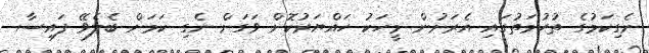
ނެގިކަމުގެ ތުހުމަތުގައި އެރަށުން މީހަކު ހައްޔަރުކޮށް ވަގަށް ނެގި ކަމަށް ބެލެވޭ ފައިސާ